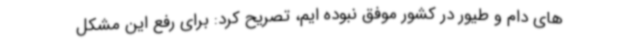
های دام و طیور در کشور موفق نبوده ایم، تصریح کرد: برای رفع این مشکل